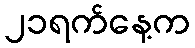
၂၁ရက်နေ့က